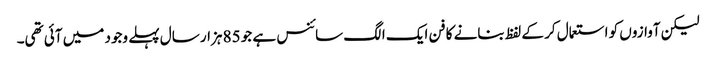
لیکن آوازوں کو استعمال کر کے لفظ بنانے کا فن ایک الگ سائنس ہے جو 85 ہزار سال پہلے وجود میں آئی تھی۔